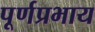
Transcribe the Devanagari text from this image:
पूर्णप्रभाय